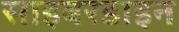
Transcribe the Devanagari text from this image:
साइबरडाइन